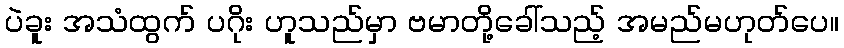
ပဲခူး အသံထွက် ပဂိုး ဟူသည်မှာ ဗမာတို့ခေါ်သည့် အမည်မဟုတ်ပေ။